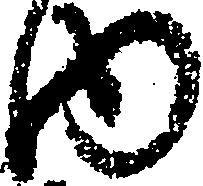
内